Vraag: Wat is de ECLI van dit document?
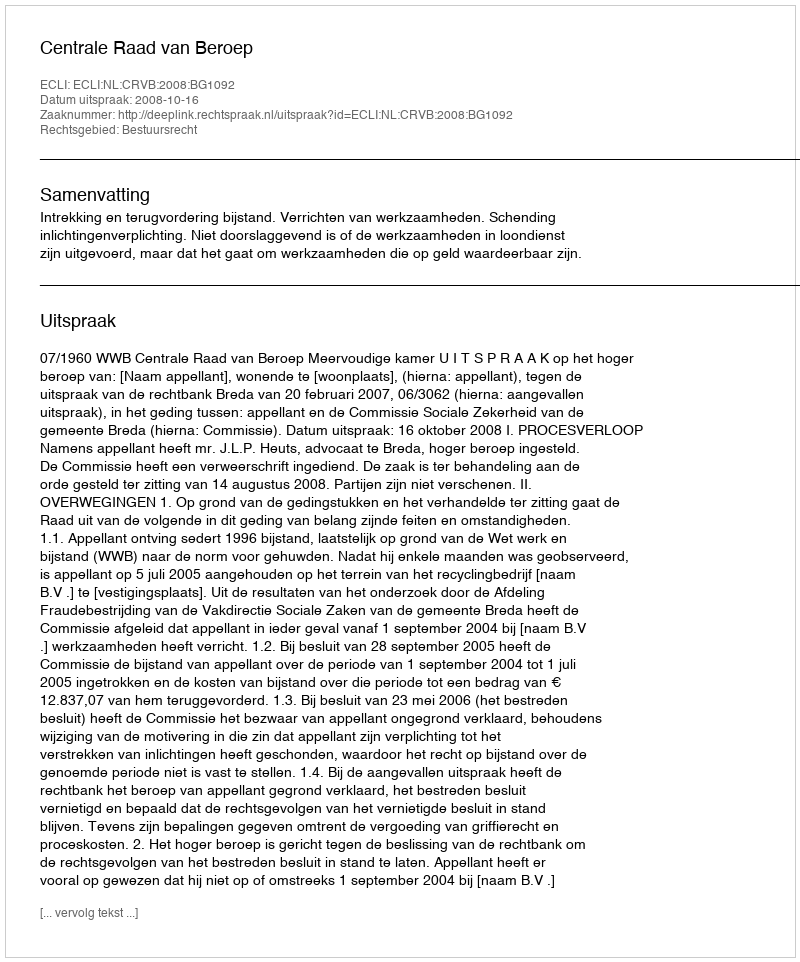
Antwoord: ECLI:NL:CRVB:2008:BG1092